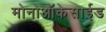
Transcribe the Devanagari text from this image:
मोनोऑकेसाईड